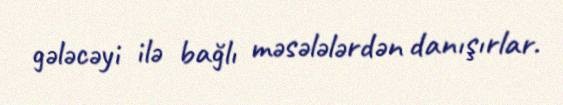
gələcəyi ilə bağlı məsələlərdən danışırlar.